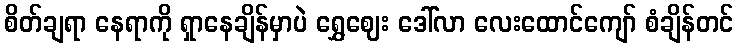
စိတ်ချရာ နေရာကို ရှာနေချိန်မှာပဲ ရွှေဈေး ဒေါ်လာ လေးထောင်ကျော် စံချိန်တင်